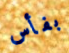
بفأس